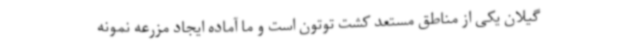
گیلان یکی از مناطق مستعد کشت توتون است و ما آماده ایجاد مزرعه نمونه